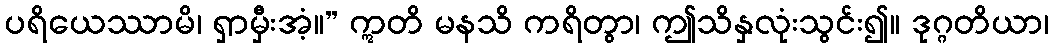
ပရိယေဿာမိ၊ ရှာမှီးအံ့။” ဣတိ မနသိ ကရိတွာ၊ ဤသိနှလုံးသွင်း၍။ ဒုဂ္ဂတိယာ၊